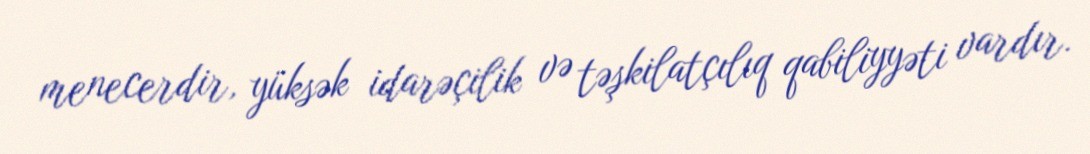
menecerdir, yüksək idarəçilik və təşkilatçılıq qabiliyyəti vardır.